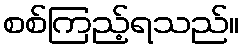
စစ်ကြည့်ရသည်။